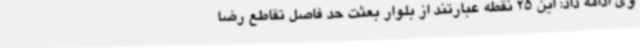
وی ادامه داد: این 25 نقطه عبارتند از بلوار بعثت حد فاصل تقاطع رضا